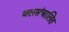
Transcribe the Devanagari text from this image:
जलसंचालित